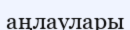
аңлаулары